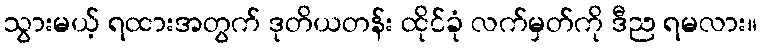
သွားမယ့် ရထားအတွက် ဒုတိယတန်း ထိုင်ခုံ လက်မှတ်ကို ဒီည ရမလား။